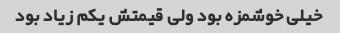
خیلی خوشمزه بود ولی قیمتش یکم زیاد بود